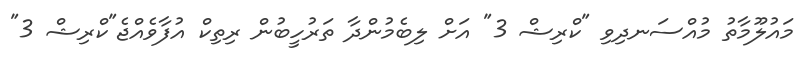
މައުލޫމާތު މުއްސަނދިވި "ކްރިޝް 3" އަށް ލިބެމުންދާ ތަރުހީބުން ރިތިކް އުފާވެއްޖެ"ކްރިޝް 3"